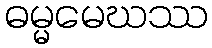
ဓမ္မမေဃဿ